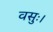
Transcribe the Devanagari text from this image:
वसुः।